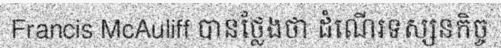
Francis McAuliff បានថ្លែងថា ដំណើរទស្សនកិច្ច